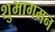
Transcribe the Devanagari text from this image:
शुभागमन